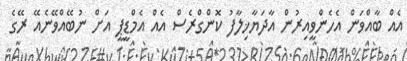
އެއް ބާއްވަން އެހެންވީއިރުން އާދަޔާޚިލާފު ކޮންގްރެސް އެއް އެމްޑީޕީ އަށް ނުބޭއްވޭނެއޭ ރޭގެ